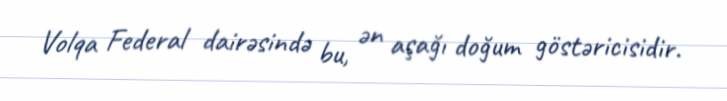
Volqa Federal dairəsində bu, ən aşağı doğum göstəricisidir.